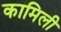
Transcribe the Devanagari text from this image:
कामिली